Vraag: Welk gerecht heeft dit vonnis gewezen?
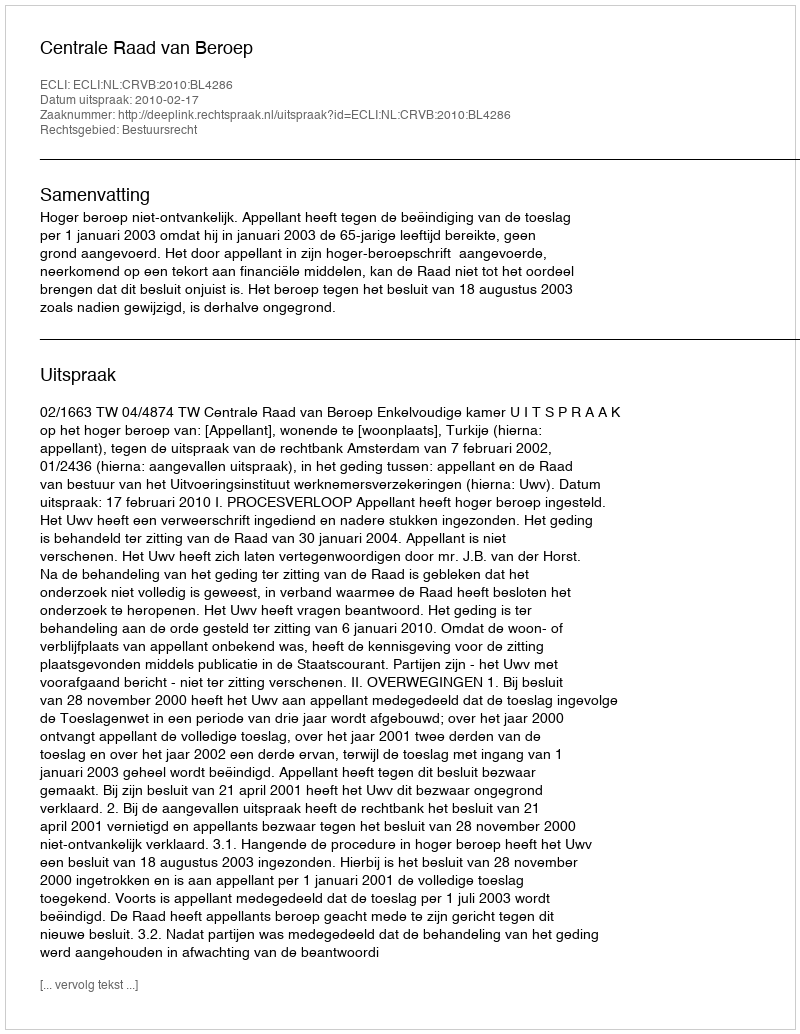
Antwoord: Centrale Raad van Beroep